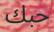
حبك